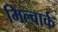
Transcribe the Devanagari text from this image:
मिल्वार्क